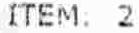
ITEM: 2